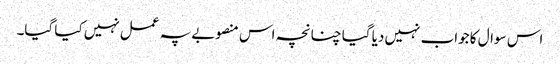
اس سوال کا جواب نہیں دیا گیا چنانچہ اس منصوبے پہ عمل نہیں کیا گیا۔